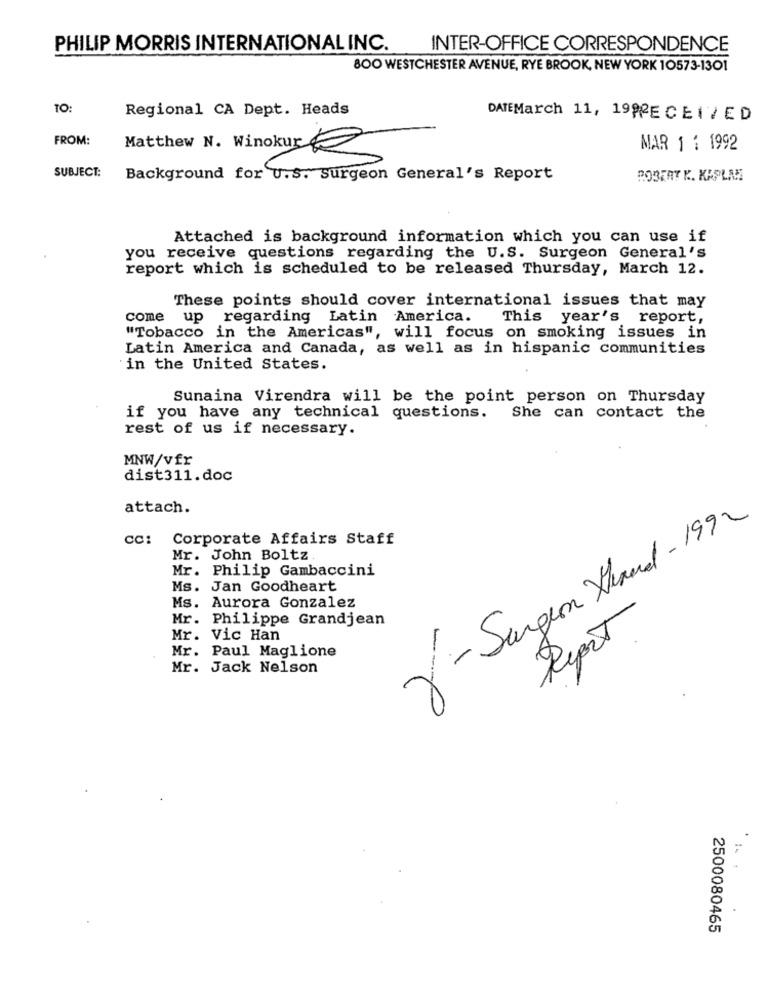
PHILIP MORRIS INTERNATIONAL INC.
INTER-OFFICE CORRESPONDENCE
800 WESTCHESTER AVENUE, RYE BROOK, NEW YORK 10573-1301
TO:
Regional CA Dept. Heads
DATEMarch 11, 199RECEIVED
FROM:
Matthew N. Winokur
MAR 1 : 1992
SUBJECT:
Background for U.S. surgeon General's Report
ROBERT K. KAPLAN
Attached is background information which you can use if
you receive questions regarding the U.S. Surgeon General's
report which is scheduled to be released Thursday, March 12.
These points should cover international issues that may
come up regarding Latin America.
This year's report,
"Tobacco in the Americas", will focus on smoking issues in
Latin America and Canada, as well as in hispanic communities
in the United States.
Sunaina Virendra will be the point person on Thursday
if you have any technical questions.
She can contact the
rest of us if necessary.
MNW/vfr
dist311.doc
attach.
y - Surgeon Xhand - 1992
CC:
Corporate Affairs Staff
Mr. John Boltz
Mr. Philip Gambaccini
Ms.
Jan Goodheart
Ms.
Aurora Gonzalez
Mr.
Philippe Grandjean
Report
Mr.
Vic Han
Mr. Paul Maglione
Mr. Jack Nelson
2500080465